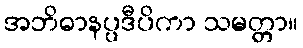
အဘိဓာနပ္ပဒီပိကာ သမတ္တာ။